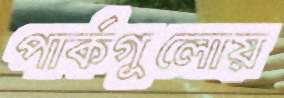
পার্কগুলোয়